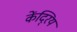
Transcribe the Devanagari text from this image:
केंदि्रय